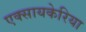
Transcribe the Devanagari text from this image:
एक्सायकेरिया